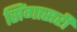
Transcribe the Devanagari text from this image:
सिंगासरी